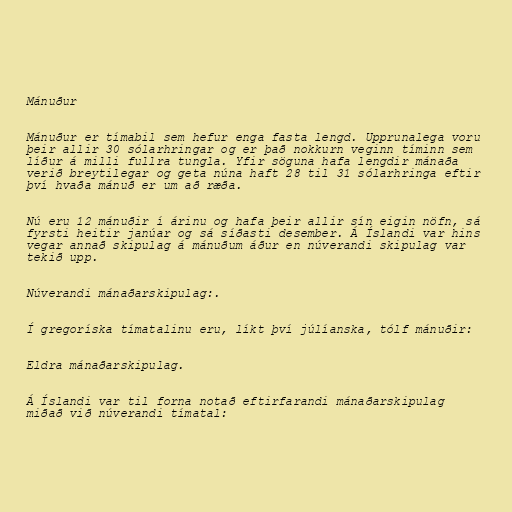
Mánuður

Mánuður er tímabil sem hefur enga fasta lengd. Upprunalega voru
þeir allir 30 sólarhringar og er það nokkurn veginn tíminn sem
líður á milli fullra tungla. Yfir söguna hafa lengdir mánaða
verið breytilegar og geta núna haft 28 til 31 sólarhringa eftir
því hvaða mánuð er um að ræða.

Nú eru 12 mánuðir í árinu og hafa þeir allir sín eigin nöfn, sá
fyrsti heitir janúar og sá síðasti desember. Á Íslandi var hins
vegar annað skipulag á mánuðum áður en núverandi skipulag var
tekið upp.

Núverandi mánaðarskipulag:.

Í gregoríska tímatalinu eru, líkt því júlíanska, tólf mánuðir:

Eldra mánaðarskipulag.

Á Íslandi var til forna notað eftirfarandi mánaðarskipulag
miðað við núverandi tímatal: